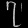
Digit: ၇